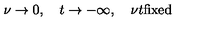
\nu \rightarrow 0 , \quad t \rightarrow - \infty , \quad \nu t \mathrm { f i x e d }